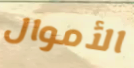
الأموال